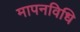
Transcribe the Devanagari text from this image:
मापनविधि